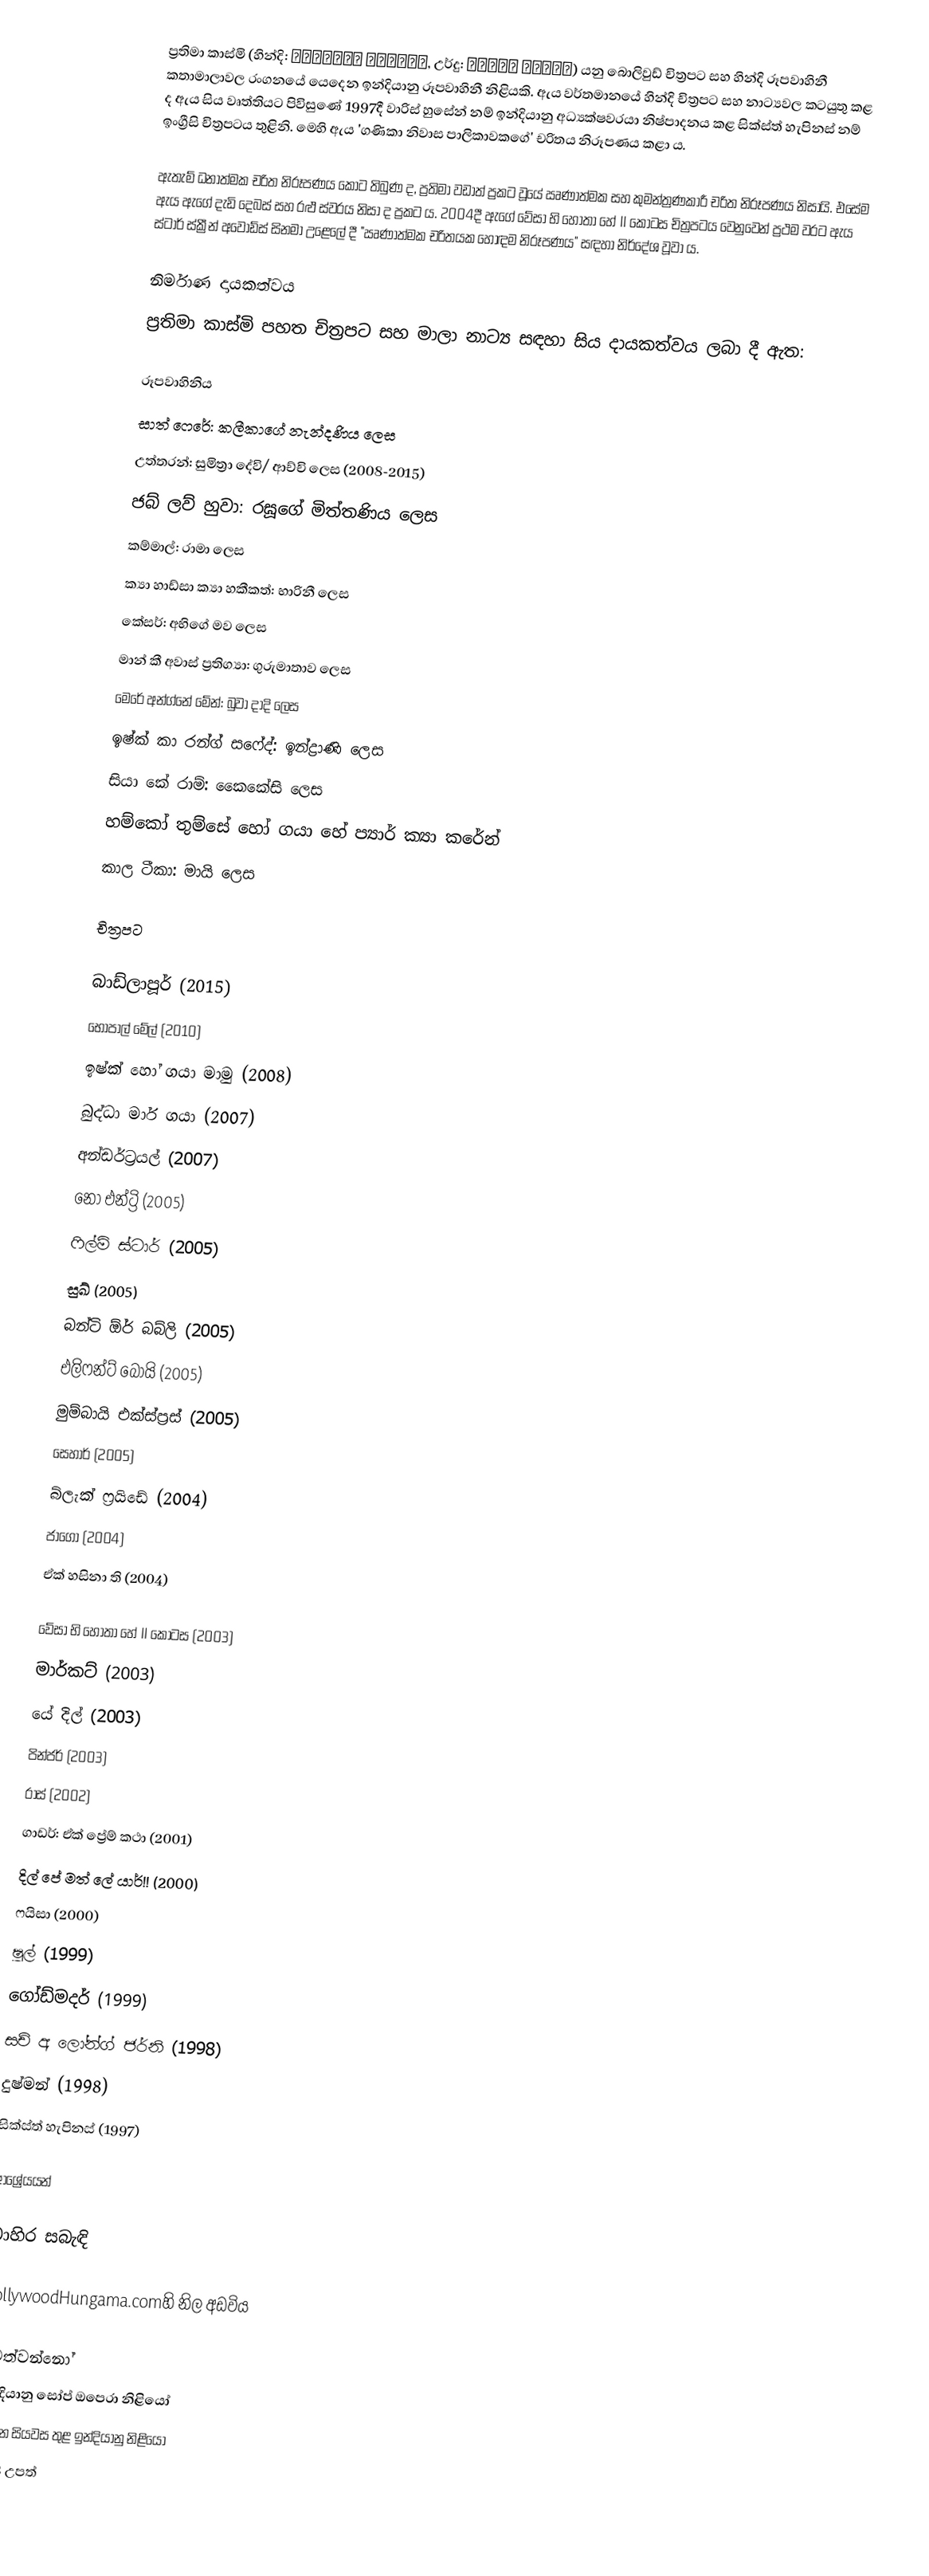
ප්‍රතිමා කාස්මි (හින්දි: प्रतिमा काज़मी, උර්දු: پرتما کاظمی‎) යනු බොලිවුඩ් චිත්‍රපට සහ හින්දි රූපවාහිනී කතාමාලාවල රංගනයේ යෙදෙන ඉන්දියානු රූපවාහිනී නිළියකි. ඇය වර්තමානයේ හින්දි චිත්‍රපට සහ නාට්‍යවල කටයුතු කළ ද ඇය සිය වෘත්තියට පිවිසුණේ 1997දී වාරිස් හුසේන් නම් ඉන්දියානු අධ්‍යක්ෂවරයා නිෂ්පාදනය කළ සික්ස්ත් හැපිනස් නම් ඉංග්‍රීසි චිත්‍රපටය තුළිනි. මෙහි ඇය 'ගණිකා නිවාස පාලිකාවකගේ' චරිතය නිරූපණය කළා ය.

ඇතැම් ධනාත්මක චරිත නිරූපණය කොට තිබුණ ද, ප්‍රතිමා වඩාත් ප්‍රකට වූයේ ඍණාත්මක සහ කුමන්ත්‍රණකාරී චරිත නිරූපණය නිසායි. එසේම ඇය ඇගේ දැඩි දෙබස් සහ රළු ස්වරය නිසා ද ප්‍රකට ය. 2004දී ඇගේ වේසා භි හෝතා හේ II කොටස චිත්‍රපටය වෙනුවෙන් ප්‍රථම වරට ඇය ස්ටාර් ස්ක්‍රීන් අවෝඩ්ස් සිනමා උළෙලේ දී "ඍණාත්මක චරිතයක හොඳම නිරූපණය" සඳහා නිර්දේශ වූවා ය.

නිර්මාණ දායකත්වය
ප්‍රතිමා කාස්මි පහත චිත්‍රපට සහ මාලා නාට්‍ය සඳහා සිය දායකත්වය ලබා දී ඇත:

රූපවාහිනිය
සාත් ෆෙරේ: කලීකාගේ නැන්දණිය ලෙස
උත්තරන්: සුමිත්‍රා දේවි/ ආච්චි ලෙස (2008-2015)
ජබ් ලව් හුවා: රඝූගේ මිත්තණිය ලෙස
කම්මාල්: රාමා ලෙස
ක්‍යා හාඩ්සා ක්‍යා හකීකත්: භාරිනී ලෙස
කේසර්: අභිගේ මව ලෙස
මාන් කී අවාස් ප්‍රතිග්‍යා: ගුරුමාතාව ලෙස
මෙරේ අන්ග්නේ මේන්: බුවා දාදි ලෙස
ඉෂ්ක් කා රන්ග් සෆේද්: ඉන්ද්‍රාණි ලෙස
සියා කේ රාම්: කෛකේසි ලෙස
හම්කෝ තුම්සේ හෝ ගයා හේ ප්‍යාර් ක්‍යා කරේන්
කාල ටීකා: මායි ලෙස

චිත්‍රපට

බාඩ්ලාපූර් (2015)
භෝපාල් මේල් (2010)
ඉෂ්ක් හෝ ගයා මාමු (2008)
බුද්ධා මාර් ගයා (2007)
අන්ඩ‍ර්ට්‍රයල් (2007)
නෝ එන්ට්‍රි (2005)
ෆිල්ම් ස්ටාර් (2005)
සුඛ් (2005)
බන්ටි ඕර් බබ්ලි (2005)
එලිෆන්ට් බෝයි (2005)
මුම්බායි එක්ස්ප්‍රස් (2005)
සෙහාර් (2005)
බ්ලැක් ෆ්‍රයිඩේ (2004)
ජාගෝ (2004)
ඒක් හසිනා ති (2004)

වේසා භි හෝතා හේ II කොටස (2003)
මාර්කට් (2003)
යේ දිල් (2003)
පින්ජර් (2003)
රාස් (2002)
ගාඩර්: ඒක් ප්‍රේම් කථා (2001)
දිල් පේ මත් ලේ යාර්!! (2000)
ෆයිසා (2000)
ෂූල් (1999)
ගෝඩ්මදර් (1999)
සච් අ ලෝන්ග් ජර්නි (1998)
දුෂ්මන් (1998)
සික්ස්ත් හැපිනස් (1997)

ආශ්‍රේයයන්

බාහිර සබැඳි

BollywoodHungama.comහි නිල අඩවිය

ජීවත්වන්නෝ
ඉන්දියානු සෝප් ඔපෙරා නිළියෝ
21 වන සියවස තුළ ඉන්දියානු නිළියෝ
1948 උපත්